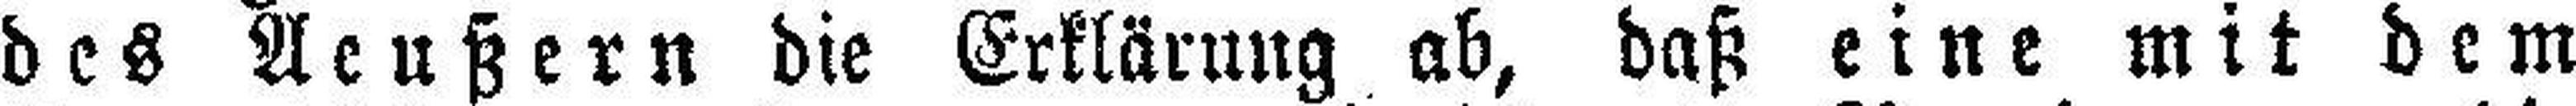
des Aeußern die Erklärung ab, daß eine mit dem